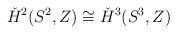
LaTeX: \begin{align*}\check{H}^{2}(S^{2},Z)\cong \check{H}^{3}(S^{3},Z)\end{align*}